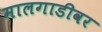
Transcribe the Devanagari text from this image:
मालगाडीवर